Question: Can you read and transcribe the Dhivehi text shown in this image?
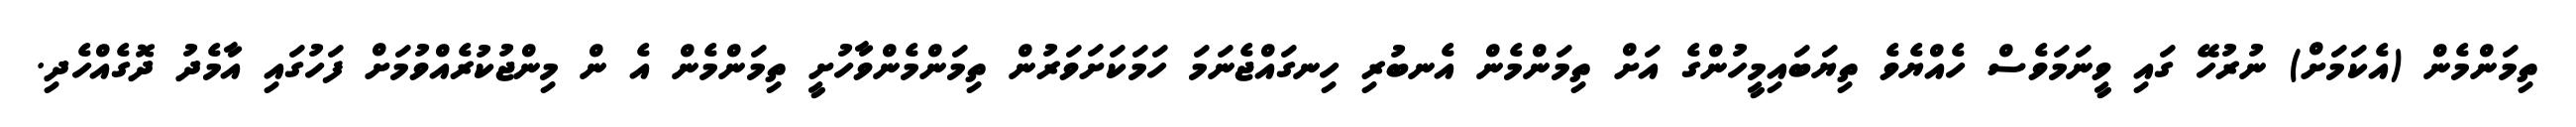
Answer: ތިމަންމެން (އެކަމަށް) ނުރުހޭ ގައި ވީނަމަވެސް ހެއްޔެވެ ތިޔަބައިމީހުންގެ އަށް ތިމަންމެން އެނބުރި ހިނގައްޖެނަމަ ހަމަކަށަވަރުން ތިމަންމެންވާހުށީ ތިމަންމެން އެ ން މިންޖުކުރެއްވުމަށް ފަހުގައި އާމެދު ދޮގެއްހެދި.